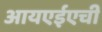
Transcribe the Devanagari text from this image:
आयएईएची